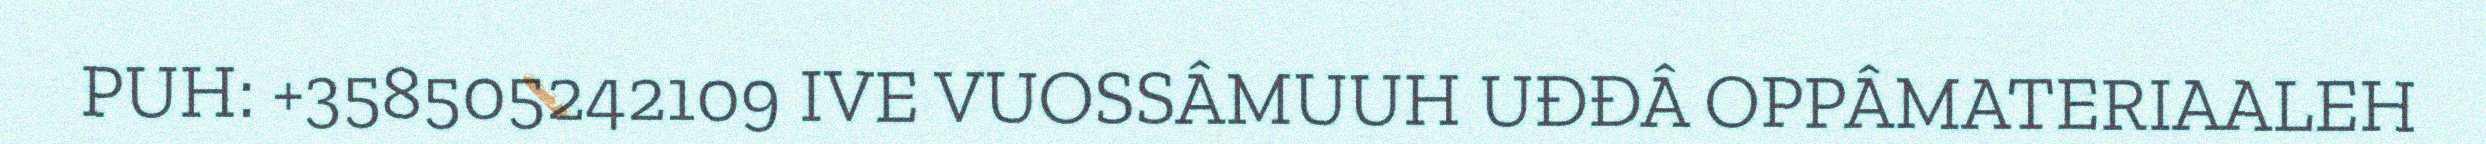
PUH: +358505242109 IVE VUOSSÂMUUH UĐĐÂ OPPÂMATERIAALEH